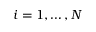
i = 1 , \dots , N